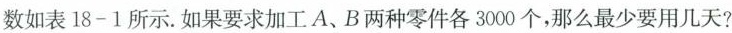
数如表18-1所示。如果要求加工A、B两种零件各3000个，那么最少要用几天?